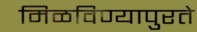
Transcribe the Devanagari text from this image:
मिळविण्यापुरते